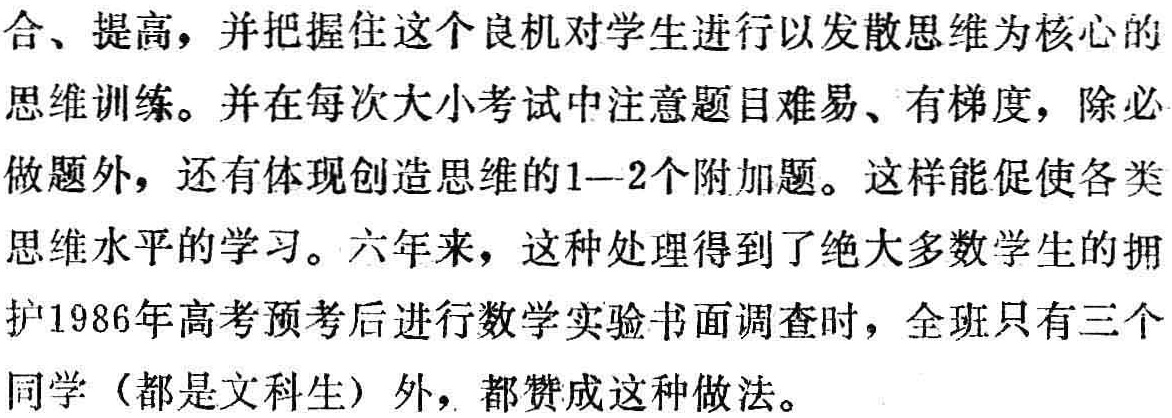
合、提高，并把握住这个良机对学生进行以发散思维为核心的
思维训练。并在每次大小考试中注意题目难易、有梯度，除必
做题外，还有体现创造思维的1--2个附加题。这样能促使各类
思维水平的学习。六年来，这种处理得到了绝大多数学生的拥
护1986年高考预考后进行数学实验书面调查时，全班只有三个
同学（都是文科生）外，都赞成这种做法。